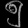
Digit: ၅